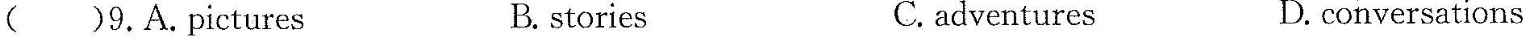
( )8.A.amazing